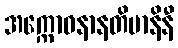
အက္ကောဓနာနတိမာနိနီ